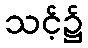
သင့်၌